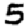
Digit: 5